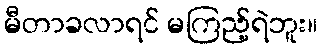
မီတာခလာရင် မကြည့်ရဲဘူး။